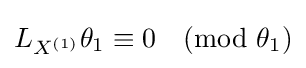
L_{X^{(1)}}\theta _{1}\equiv 0{\pmod {\theta _{1}}}